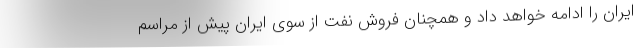
ایران را ادامه خواهد داد و همچنان فروش نفت از سوی ایران پیش از مراسم